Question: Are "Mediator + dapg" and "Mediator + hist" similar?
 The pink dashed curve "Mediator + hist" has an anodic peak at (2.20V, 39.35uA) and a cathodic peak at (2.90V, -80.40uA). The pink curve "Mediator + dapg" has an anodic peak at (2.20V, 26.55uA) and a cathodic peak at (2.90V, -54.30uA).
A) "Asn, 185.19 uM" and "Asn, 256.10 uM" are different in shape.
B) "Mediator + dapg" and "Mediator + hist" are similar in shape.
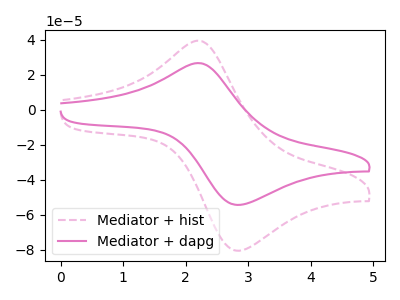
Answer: <think>All the peaks in "Mediator + dapg" have a peak in "Mediator + hist" at the same potential. Every peak in "Mediator + dapg" is lower than every peak in "Mediator + hist".
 </think>
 <answer>B) "Mediator + dapg" and "Mediator + hist" are similar in shape.</answer>
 <eval>B</eval>